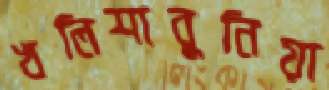
খলিশাবুনিয়া